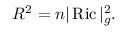
R ^ { 2 } = n | \operatorname { R i c } | _ { g } ^ { 2 } .